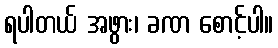
ရပါတယ် အဖွား၊ ခဏ စောင့်ပါ။